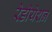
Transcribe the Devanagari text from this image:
रेडीयेशन